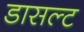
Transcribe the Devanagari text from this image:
डासल्ट